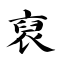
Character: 裒